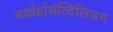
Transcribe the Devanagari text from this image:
मर्यार्हाघंत्दिलिडग